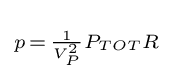
\scriptstyle p\,=\,{\frac {1}{V_{P}^{2}}}P_{TOT}R